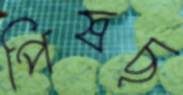
পিষছ